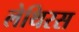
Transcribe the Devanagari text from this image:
लेथिरस